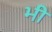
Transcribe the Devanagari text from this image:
भ्‍ाी